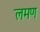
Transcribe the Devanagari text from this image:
लमण